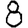
Digit: 8